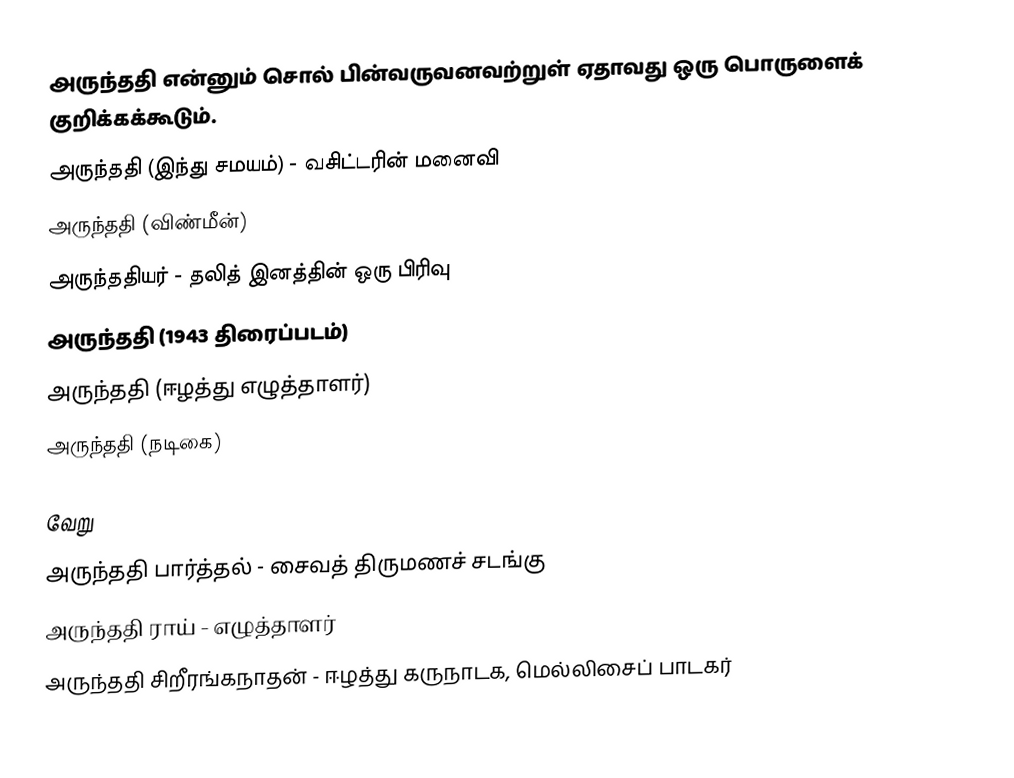
அருந்ததி என்னும் சொல் பின்வருவனவற்றுள் ஏதாவது ஒரு பொருளைக் குறிக்கக்கூடும்.
 அருந்ததி (இந்து சமயம்) - வசிட்டரின் மனைவி
 அருந்ததி (விண்மீன்)
 அருந்ததியர் - தலித் இனத்தின் ஒரு பிரிவு
 அருந்ததி (1943 திரைப்படம்)
 அருந்ததி (ஈழத்து எழுத்தாளர்)
 அருந்ததி (நடிகை)

வேறு
அருந்ததி பார்த்தல் - சைவத் திருமணச் சடங்கு
அருந்ததி ராய் - எழுத்தாளர்
அருந்ததி சிறீரங்கநாதன் - ஈழத்து கருநாடக, மெல்லிசைப் பாடகர்